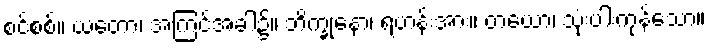
စင်စစ်။ ယတော၊ အကြင်အခါ၌။ ဘိက္ခုနော၊ ရဟန်းအား။ တယော၊ သုံးပါးကုန်သော။